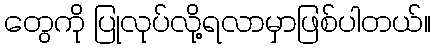
တွေကို ပြုလုပ်လို့ရလာမှာဖြစ်ပါတယ်။